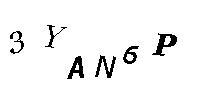
3YAN6P